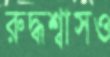
রুদ্ধশ্বাসও